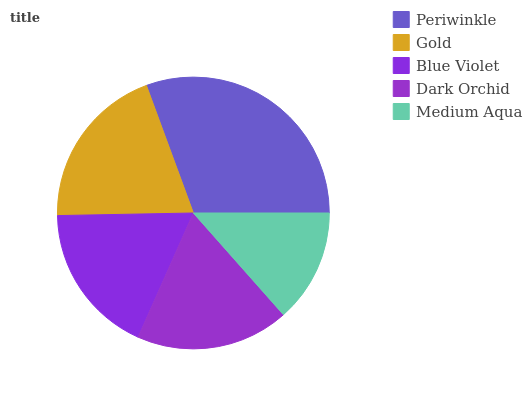
| Periwinkle | Gold | Blue Violet | Dark Orchid | Medium Aqua |
 | --- | --- | --- | --- | --- |
 | 30.6% | 19.8% | 18% | 18.2% | 13.5% |